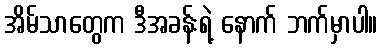
အိမ်သာတွေက ဒီအခန်းရဲ့ နောက် ဘက်မှာပါ။